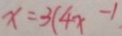
x = 3 ( 4 x - 1